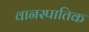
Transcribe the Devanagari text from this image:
वानस्पातिक